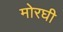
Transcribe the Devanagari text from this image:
मोरघी